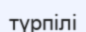
түрпілі